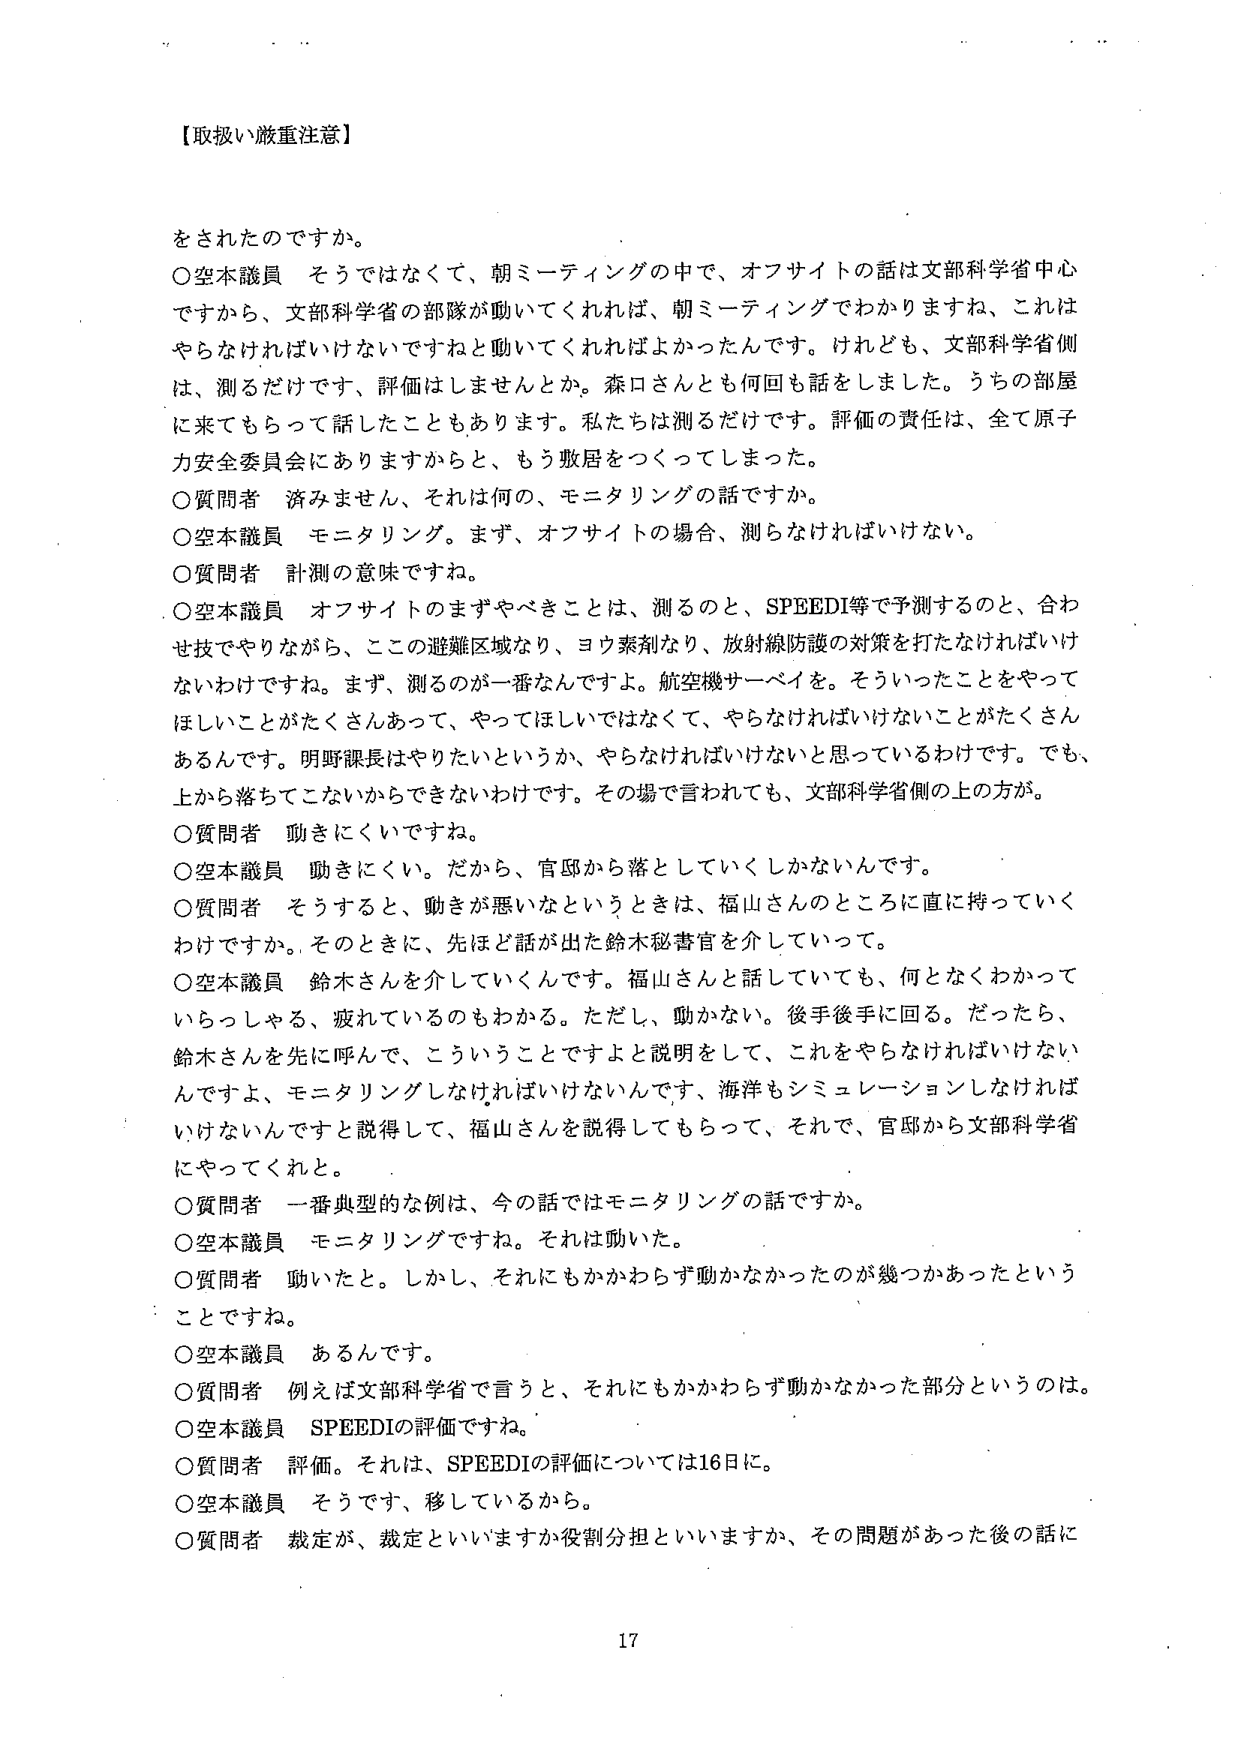
【取扱い厳重注意】

をされたのですか。

○空本議員　そうではなくて、朝ミーティングの中で、オフサイトの話は文部科学省中心ですから、文部科学省の部隊が動いてくれれば、朝ミーティングでわかりますね、これはやらなければいけないですねと動いてくれればよかったんです。けれども、文部科学省側は、測るだけです、評価はしませんとか。森口さんとも何回も話しました。うちの部屋に来てもらって話したこともあります。私たちは測るだけです。評価の責任は、全て原子力安全委員会にありますからと、もう敷居をつくってしまった。

○質問者　済みません、それは何の、モニタリングの話ですか。

○空本議員　モニタリング。まず、オフサイトの場合、測らなければいけない。

○質問者　計測の意味ですね。

○空本議員　オフサイトのまずやべきことは、測るのと、SPEEDI等で予測するのと、合わせ技でやりながら、ここの避難区域なり、ヨウ素剤なり、放射線防護の対策を打たなければいけないわけですね。まず、測るのが一番なんですよ。航空機サーベイを。そういったことをやってほしいことがたくさんあって、やってほしいではなくて、やらなければいけないことがたくさんあるんです。明野課長はやりたいというか、やらなければいけないと思っているわけです。でも、上から落ちてこないからできないわけです。その場で言われても、文部科学省側の上の方が。

○質問者　動きにくいですね。

○空本議員　動きにくい。だから、官邸から落としていくしかないんです。

○質問者　そうすると、動きが悪いなというときは、福山さんのところに直に持っていくわけですか。そのときに、先ほど話が出た鈴木秘書官を介していって。

○空本議員　鈴木さんを介していくんです。福山さんと話していても、何となくわかっていらっしゃる、疲れているのもわかる。ただし、動かない。後手後手に回る。だったら、鈴木さんを先に呼んで、こういうことですよと説明をして、これをやらなければいけないんですよ、モニタリングしなければいけないんです、海洋もシミュレーションしなければいけないんですと説得して、福山さんを説得してもらって、それで、官邸から文部科学省にやってくれと。

○質問者　一番典型的な例は、今の話ではモニタリングの話ですか。

○空本議員　モニタリングですね。それは動いた。

○質問者　動いたと。しかし、それにもかかわらず動かなかったのが幾つかあったということですね。

○空本議員　あるんです。

○質問者　例えば文部科学省で言うと、それにもかかわらず動かなかった部分というのは。

○空本議員　SPEEDIの評価ですね。

○質問者　評価。それは、SPEEDIの評価については16日に。

○空本議員　そうです、移しているから。

○質問者　裁定が、裁定といいますか役割分担といいますか、その問題があった後の話に

17